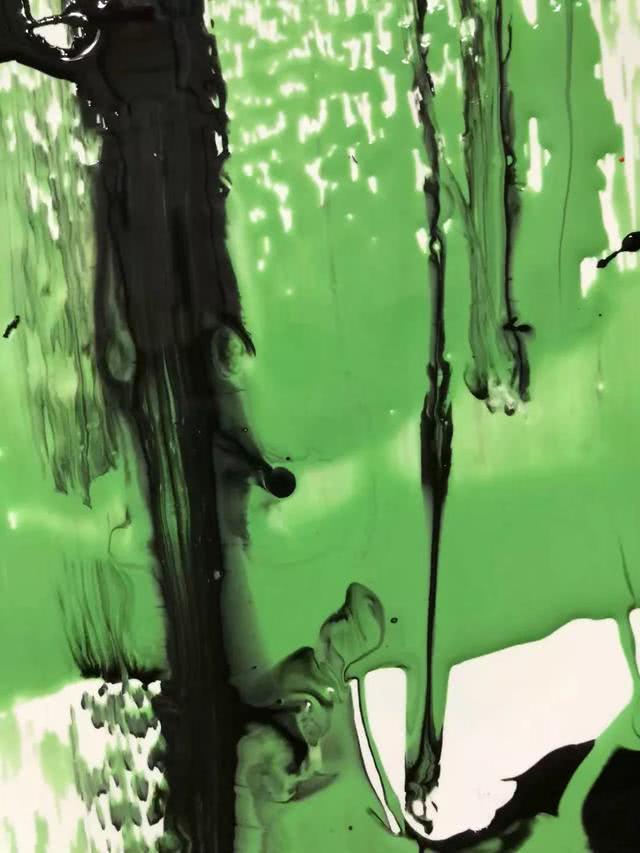
小桥横截，缺月初弓。